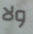
ولا